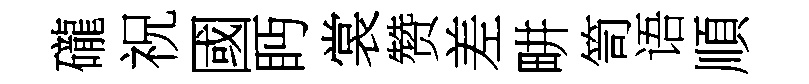
礲祝國眄裳赞差畊笥语順